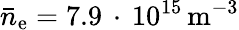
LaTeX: \bar{n}_{\mathrm{e}}=7.9\, \cdot\, 10^{15}\, \mathrm{{m}^{-3}}